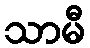
သာမီ